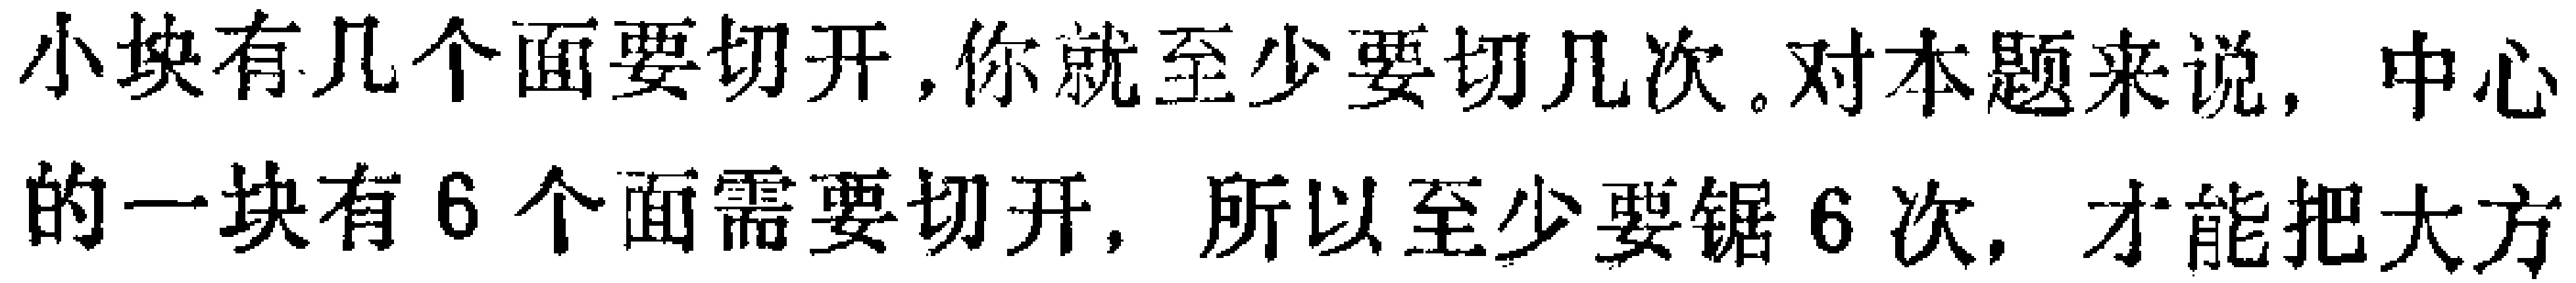
小块有几个面要切开,你就至少要切几次.对本题来说, 中心的一块有$6$个面需要切开, 所以至少要锯$6$次, 才能把大方